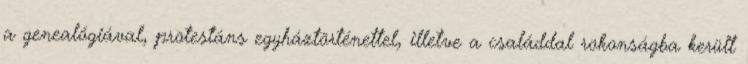
a genealógiával, protestáns egyháztörténettel, illetve a családdal rokonságba került